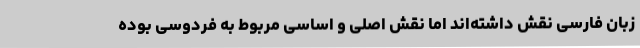
زبان فارسی نقش داشته‌اند اما نقش اصلی و اساسی مربوط به فردوسی بوده